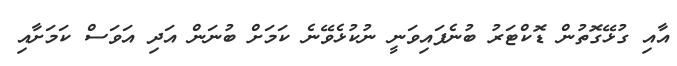
އާއި ގުޅޭގޮތުން ޑޮކްޓަރު ބުނެފައިވަނީ ނުކުޅެވޭނެ ކަމަށް ބުނަން އަދި އަވަސް ކަމަށާއި